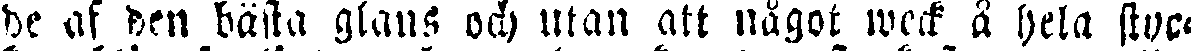
de af den bästa glans och utan att något weck å hela stycc